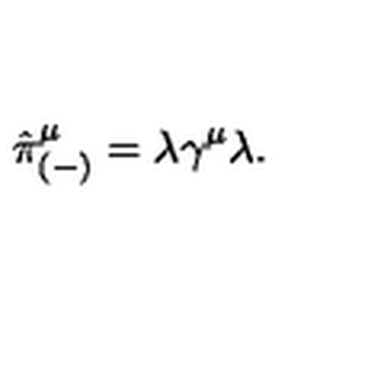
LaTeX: \hat { \pi } _ { ( - ) } ^ { \mu } = \lambda \gamma ^ { \mu } \lambda .